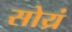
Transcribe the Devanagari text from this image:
सोय्रं